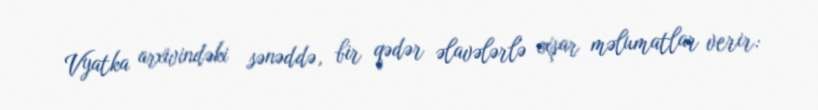
Vyatka arxivindəki sənəddə, bir qədər əlavələrlə oxşar məlumatlar verir: